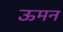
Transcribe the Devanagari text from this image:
ऊमन